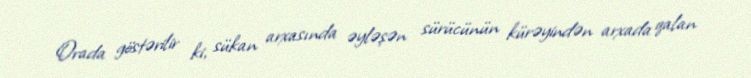
Orada göstərilir ki, sükan arxasında əyləşən sürücünün kürəyindən arxada qalan